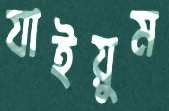
যাইয়ুম